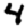
Digit: 4